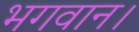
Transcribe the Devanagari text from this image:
भगवान।